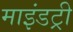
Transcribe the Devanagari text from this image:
माइंडट्री